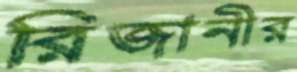
রিজানীর